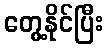
တွေ့နိုင်ပြီး